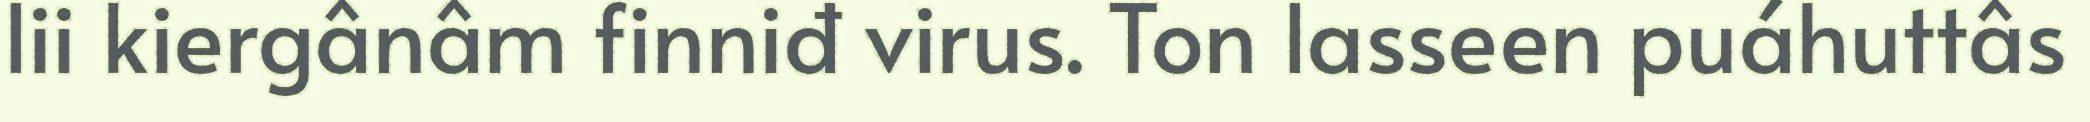
lii kiergânâm finniđ virus. Ton lasseen puáhuttâs